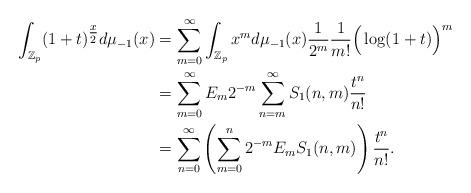
LaTeX: \begin{align*}\int_{\mathbb{Z}_p} (1+t)^{\tfrac{x}{2}} d\mu_{-1} (x) &= \sum_{m=0}^\infty \int_{\mathbb{Z}_p} x^m d\mu_{-1} (x) \frac{1}{2^m} \frac{1}{m!} \Big(\log(1+t)\Big)^m\\&=\sum_{m=0}^\infty E_m 2^{-m} \sum_{n=m}^\infty S_1(n,m) \frac{t^n}{n!}\\&= \sum_{n=0}^\infty \left( \sum_{m=0}^n 2^{-m} E_m S_1(n,m) \right) \frac{t^n}{n!}.\end{align*}